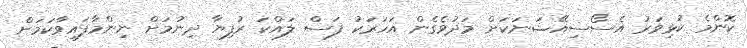
ކޮންމެ ކުޅިވަރު އެސޯސިއޭޝަނަކަށް މަދުވެގެން އަހަރަކު ފަސް ލައްކަ ރުފިޔާ ދިނުމަށް ނިންމާފައިވާކަމަށް